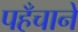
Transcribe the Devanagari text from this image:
पहँचाने